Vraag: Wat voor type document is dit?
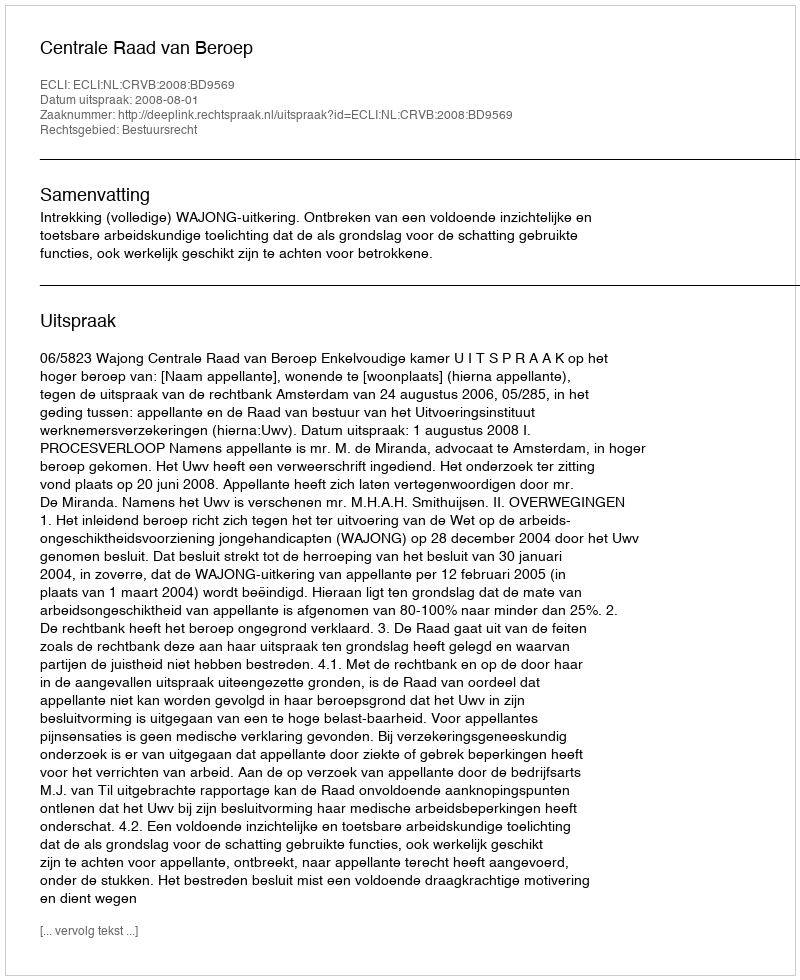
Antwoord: Uitspraak